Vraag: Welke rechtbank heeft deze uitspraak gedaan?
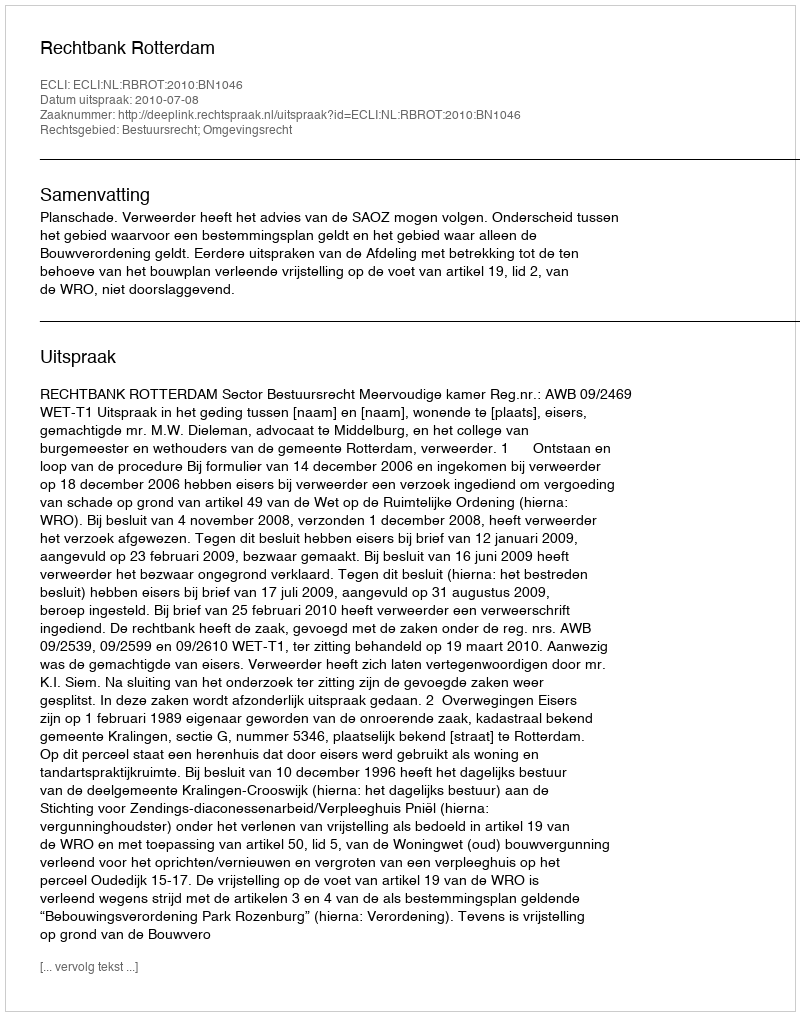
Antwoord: Rechtbank Rotterdam